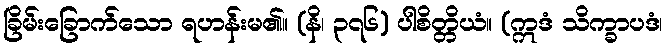
ခြိမ်းခြောက်သော ရဟန်းမ၏။ (နိ၊ ၃၇၆) ပါစိတ္တိယံ။ (ဣဒံ သိက္ခာပဒံ၊